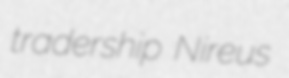
tradership Nireus